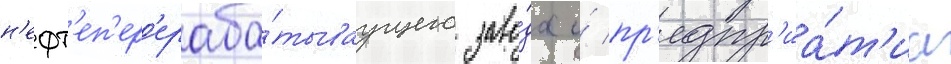
н'ефт'еп'ер'ераба́тываущего заво́да и́ пр'едпр'иа́т'иа